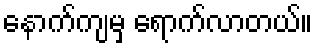
နောက်ကျမှ ရောက်လာတယ်။